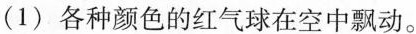
(1) 各种颜色的红气球在空中飘动。